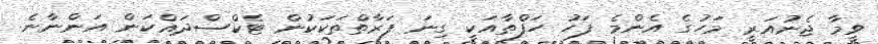
ވީމާ ޖެނުއަރީ މަހުގެ އެންމެ ފަހު ހަފްތާއަކީ ގިނަ ފަރާތްތަކަކުން ޓެކްސްދައްކަން އަންނާނެ